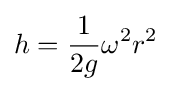
h={\frac {1}{2g}}\omega ^{2}r^{2}